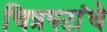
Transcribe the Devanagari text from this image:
चित्रपटांंचे